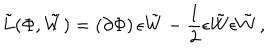
LaTeX: { \tilde { L } } ( \Phi , \tilde { W } ) = \left( \partial \Phi \right) \epsilon \tilde { W } - \frac { 1 } { 2 } \epsilon \tilde { W } \epsilon \tilde { W } \, ,